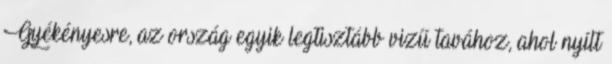
Gyékényesre, az ország egyik legtisztább vizű tavához, ahol nyílt